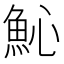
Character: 𩵽